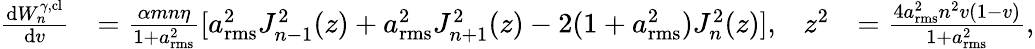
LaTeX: \begin{array}{rlrl}{\frac{\mathrm{d}W_{n}^{\gamma,\mathrm{cl}}}{\mathrm{d}v}}&{=\frac{\alpha mn\eta}{1+a_{\mathrm{rms}}^{2}}[a_{\mathrm{rms}}^{2}J_{n-1}^{2}(z)+a_{\mathrm{rms}}^{2}J_{n+1}^{2}(z)-2(1+a_{\mathrm{rms}}^{2})J_{n}^{2}(z)],}&{z^{2}}&{=\frac{4a_{\mathrm{rms}}^{2}n^{2}v(1-v)}{1+a_{\mathrm{rms}}^{2}},}\end{array}